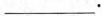
___.